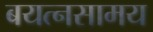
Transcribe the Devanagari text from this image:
बयत्नसामय